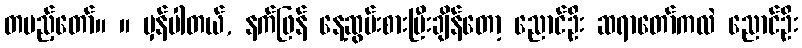
တပည့်တော်။ ။ မှန်ပါတယ်, နက်ဖြန် နေ့ဆွမ်းစားပြီးချိန်တော့ ညောင်ဦး ဆရာတော်ကလဲ ညောင်ဦး